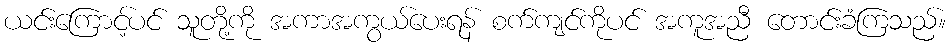
ယင်းကြောင့်ပင် သူတို့ကို အကာအကွယ်ပေးရန် စက်ကျင်ကိုပင် အကူအညီ တောင်းခံကြသည်။